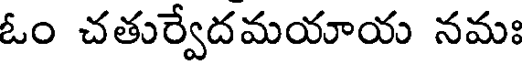
ఓం చతుర్వేదమయాయ నమః